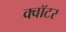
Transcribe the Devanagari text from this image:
क्वॉटर